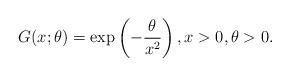
LaTeX: \begin{align*}G(x;\theta) = \exp\left(-\frac{\theta}{x^2}\right), x> 0,\theta>0 .\end{align*}